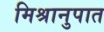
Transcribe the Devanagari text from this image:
मिश्रानुपात